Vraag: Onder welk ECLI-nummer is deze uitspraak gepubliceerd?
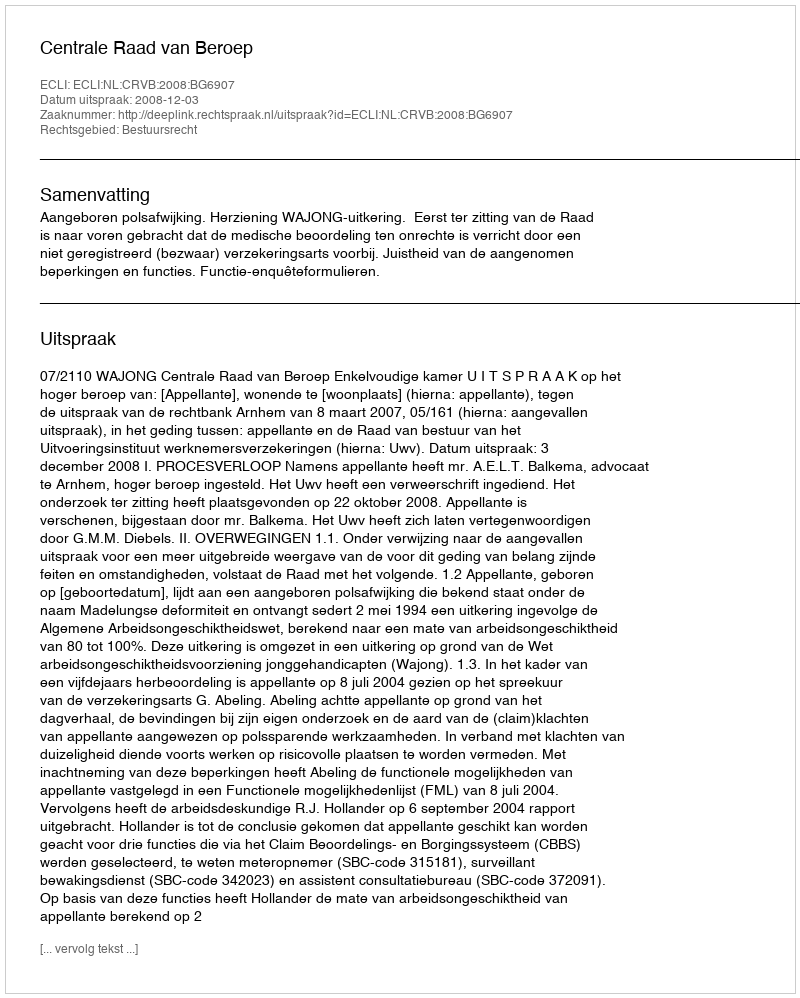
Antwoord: ECLI:NL:CRVB:2008:BG6907